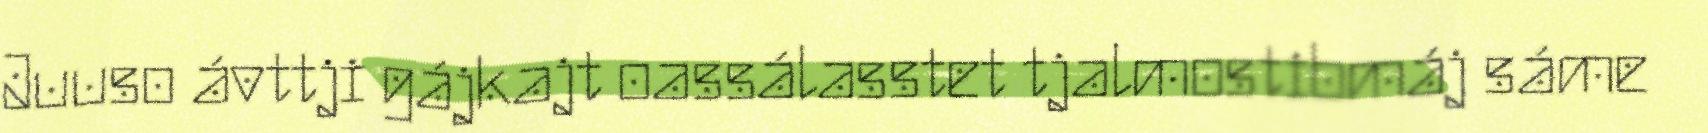
Juuso ávttji gájkajt oassálasstet tjalmostibmáj sáme